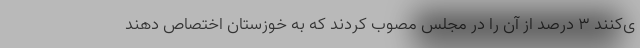
ی‌کنند ۳ درصد از آن را در مجلس مصوب کردند که به خوزستان اختصاص دهند